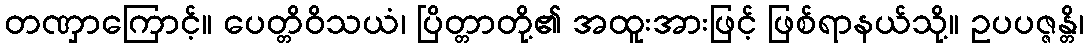
တဏှာကြောင့်။ ပေတ္တိဝိသယံ၊ ပြိတ္တာတို့၏ အထူးအားဖြင့် ဖြစ်ရာနယ်သို့။ ဥပပဇ္ဇန္တိ၊